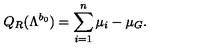
Q _ { R } ( \Lambda ^ { b _ { 0 } } ) = \sum _ { i = 1 } ^ { n } \mu _ { i } - \mu _ { G } .